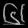
Digit: ၆